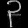
Digit: ၃